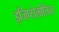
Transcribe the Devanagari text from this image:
इजिप्टोलोजिस्ट